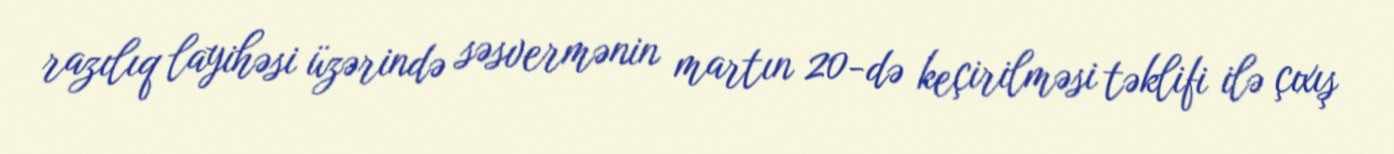
razılıq layihəsi üzərində səsvermənin martın 20-də keçirilməsi təklifi ilə çıxış